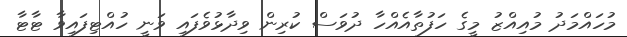
މުހައްމަދު މުއިއްޒު މީގެ ހަފުތާއެއްހާ ދުވަސް ކުރިން ވިދާޅުވެފައި ވަނީ ހުއްޓިފައިވާ ޓާޓާ